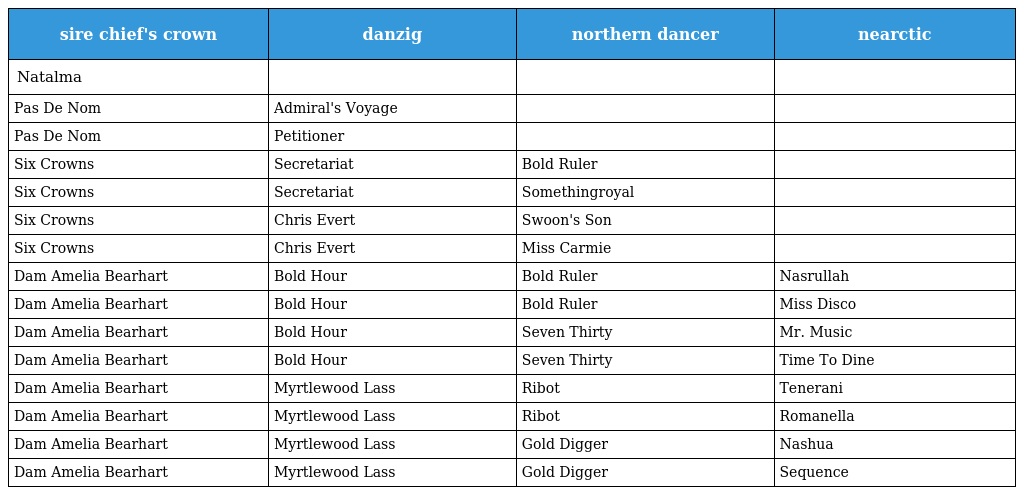
| sire chief's crown | danzig | northern dancer | nearctic |
 | --- | --- | --- | --- |
 | Natalma |  |  |  |
 | Pas De Nom | Admiral's Voyage |  |  |
 | Pas De Nom | Petitioner |  |  |
 | Six Crowns | Secretariat | Bold Ruler |  |
 | Six Crowns | Secretariat | Somethingroyal |  |
 | Six Crowns | Chris Evert | Swoon's Son |  |
 | Six Crowns | Chris Evert | Miss Carmie |  |
 | Dam Amelia Bearhart | Bold Hour | Bold Ruler | Nasrullah |
 | Dam Amelia Bearhart | Bold Hour | Bold Ruler | Miss Disco |
 | Dam Amelia Bearhart | Bold Hour | Seven Thirty | Mr. Music |
 | Dam Amelia Bearhart | Bold Hour | Seven Thirty | Time To Dine |
 | Dam Amelia Bearhart | Myrtlewood Lass | Ribot | Tenerani |
 | Dam Amelia Bearhart | Myrtlewood Lass | Ribot | Romanella |
 | Dam Amelia Bearhart | Myrtlewood Lass | Gold Digger | Nashua |
 | Dam Amelia Bearhart | Myrtlewood Lass | Gold Digger | Sequence |